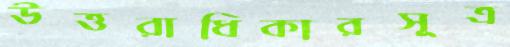
উত্তরাধিকারসূত্র